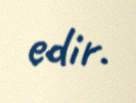
edir.